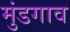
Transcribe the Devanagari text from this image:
मुंडगाव